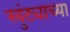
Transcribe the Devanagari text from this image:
खुंट्याच्या